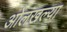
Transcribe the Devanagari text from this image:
ओलखल्या